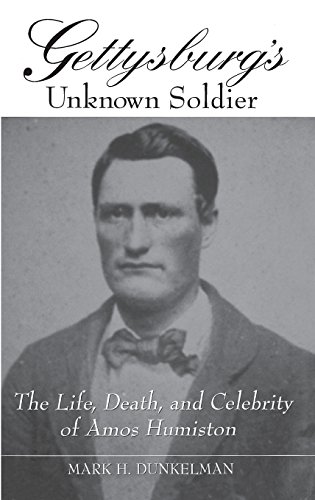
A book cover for Gettysburg's Unknown Soldier: The Life, Death, and Celebrity of Amos Humiston; Mark H. Dunkelman; History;